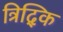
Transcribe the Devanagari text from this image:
त्रिद्कि